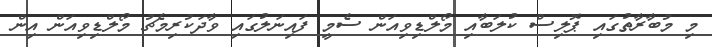
މި މުބާރާތުގައި ޕޮލިސް ކުލަބާއި މޯލްޑިވިއަން ސެމީ ފައިނަލުގައި ވާދަކުރިމެޗު މޯލްޑިވިއަން އިން